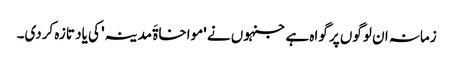
زمانہ ان لوگوں پر گواہ ہے جنہوں نے 'مواخاۃَ مدینہ' کی یاد تازہ کردی۔